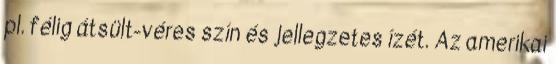
pl. félig átsült-véres szín és jellegzetes ízét. Az amerikai